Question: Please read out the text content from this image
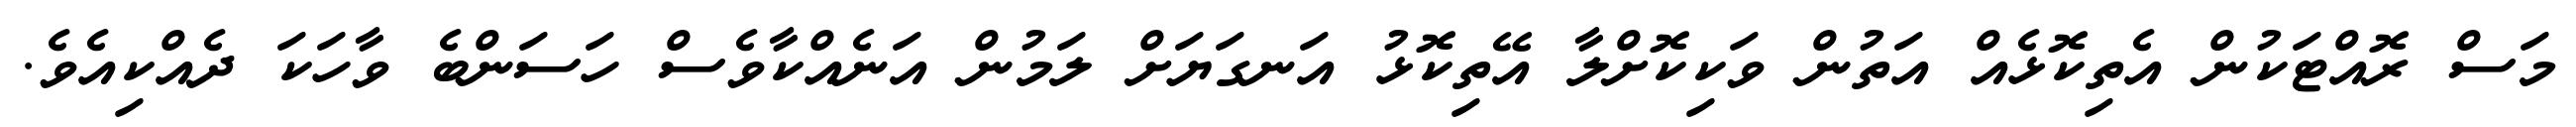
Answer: މަސް ރޮއްޓަކުން އެތިކޮޅެއް އަތުން ވަކިކޮށްލާ އޭތިކޮޅު އަނގަޔަށް ލަމުން އަނެއްކާވެސް ހަސަންބެ ވާހަކަ ދެއްކިއެވެ.